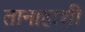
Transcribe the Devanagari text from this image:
तानाहाशी